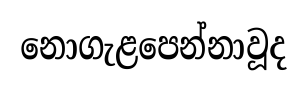
නොගැළපෙන්නාවූද